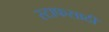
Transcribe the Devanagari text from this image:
स्टाफसाठी